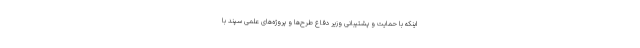
اینکه با حمایت و پشتیبانی وزیر دفاع طرح‌ها و پروژه‌های علمی سپند با